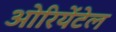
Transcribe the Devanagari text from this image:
ओरियेंटेल